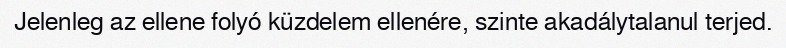
Jelenleg az ellene folyó küzdelem ellenére, szinte akadálytalanul terjed.